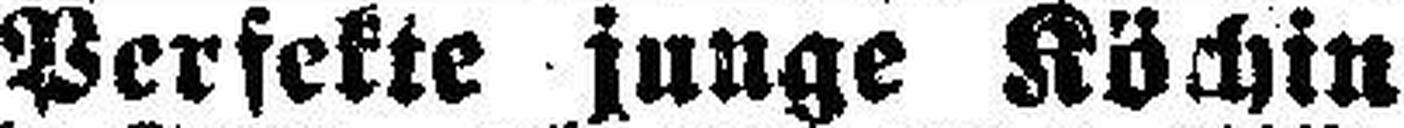
Perfekte junge Köchin